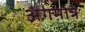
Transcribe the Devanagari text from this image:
अंगमात्र